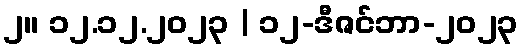
၂။ ၁၂.၁၂.၂၀၂၃ | ၁၂-ဒီဇင်ဘာ-၂၀၂၃